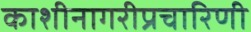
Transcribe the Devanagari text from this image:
काशीनागरीप्रचारिणी